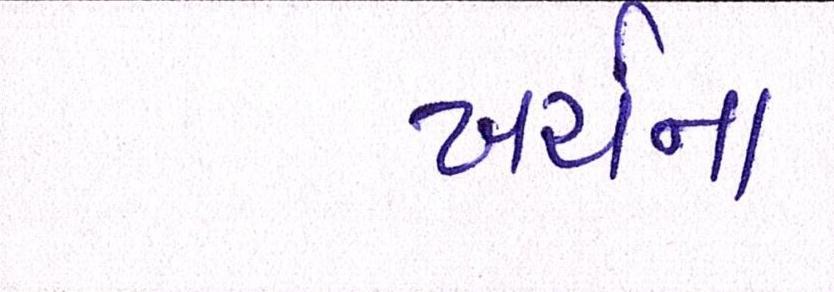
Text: ખર્ચના